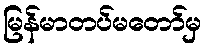
မြန်မာတပ်မတော်မှ